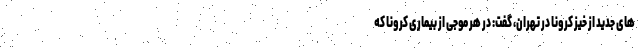
های جدید از خیز کرونا در تهران، گفت: در هر موجی از بیماری کرونا که